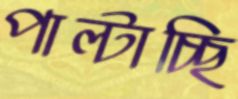
পাল্টাচ্ছি